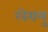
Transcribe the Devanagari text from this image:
खेरालु